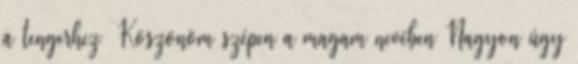
a tengerhez Köszönöm szépen a magam nevében Nagyon úgy